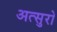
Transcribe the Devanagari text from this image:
अत्सुरो